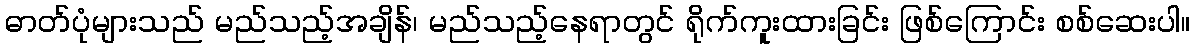
ဓာတ်ပုံများသည် မည်သည့်အချိန်၊ မည်သည့်နေရာတွင် ရိုက်ကူးထားခြင်း ဖြစ်ကြောင်း စစ်ဆေးပါ။